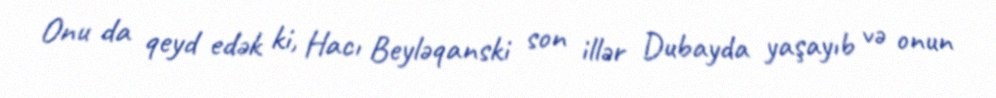
Onu da qeyd edək ki, Hacı Beyləqanski son illər Dubayda yaşayıb və onun